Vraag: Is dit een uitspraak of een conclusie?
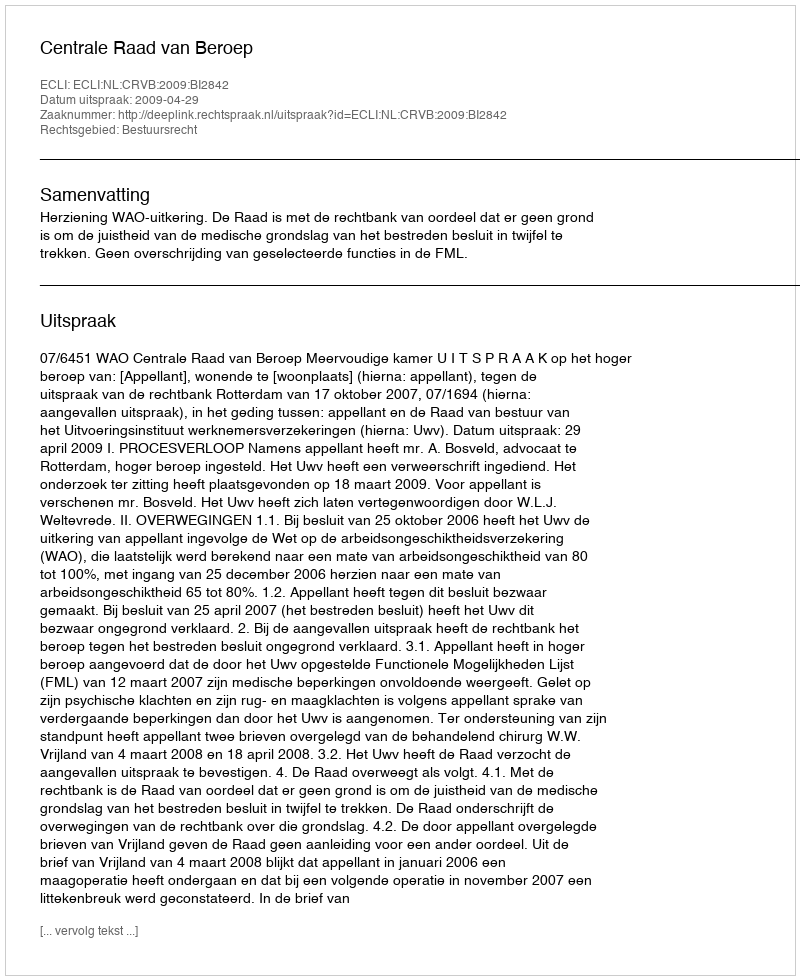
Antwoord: Uitspraak